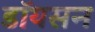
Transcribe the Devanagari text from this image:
डॉयसन